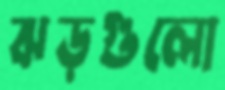
ঝড়গুলো